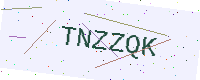
Text: TNZZQK